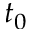
t _ { 0 }